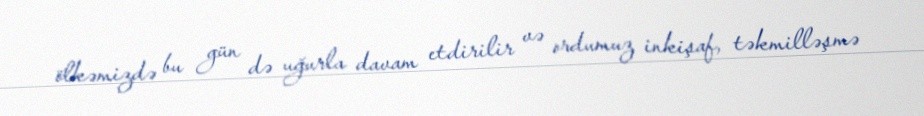
ölkəmizdə bu gün də uğurla davam etdirilir və ordumuz inkişaf, təkmilləşmə